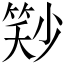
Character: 𬕓